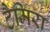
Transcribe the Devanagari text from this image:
टैमिरा